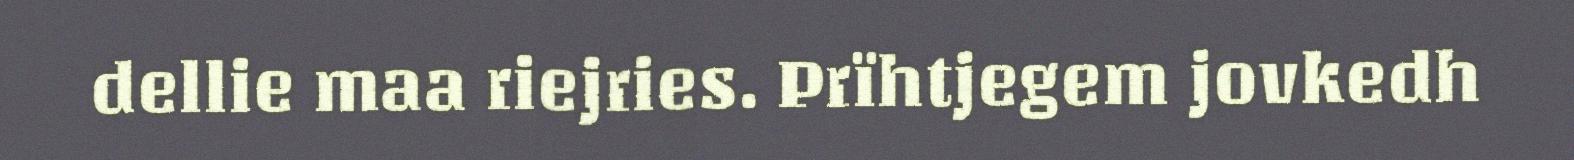
dellie maa riejries. Prïhtjegem jovkedh